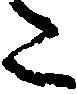
た